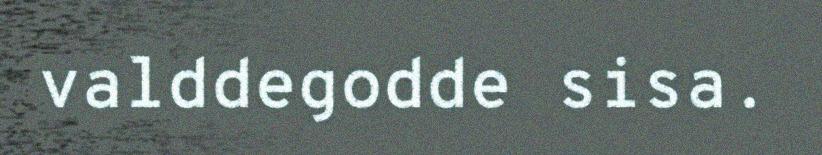
valddegodde sisa.